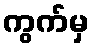
ကွက်မှ